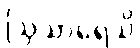
ဩသာရေသိ